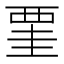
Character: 䙵